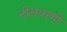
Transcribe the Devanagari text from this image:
नीलवाणी